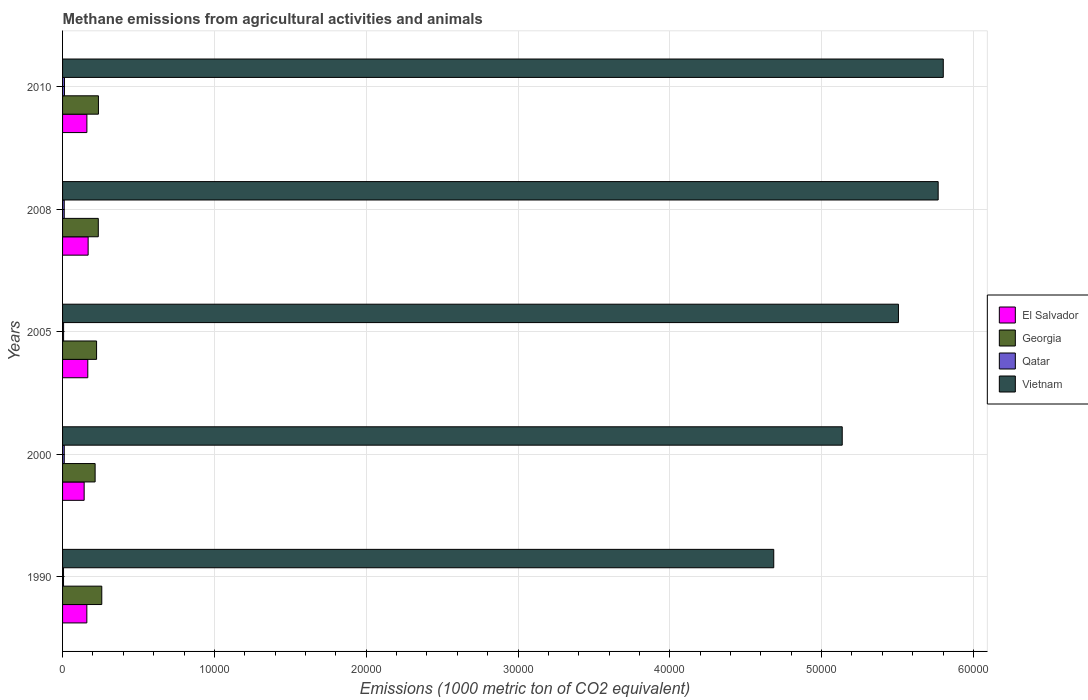
| Years | El Salvador | Georgia | Qatar | Vietnam |
 | --- | --- | --- | --- | --- |
 | 1990 | 1.6e+03 | 2.58e+03 | 63.8 | 4.68e+04 |
 | 2000 | 1.42e+03 | 2.14e+03 | 112 | 5.14e+04 |
 | 2005 | 1.66e+03 | 2.24e+03 | 67.4 | 5.51e+04 |
 | 2008 | 1.68e+03 | 2.35e+03 | 110 | 5.77e+04 |
 | 2010 | 1.6e+03 | 2.36e+03 | 126 | 5.8e+04 |